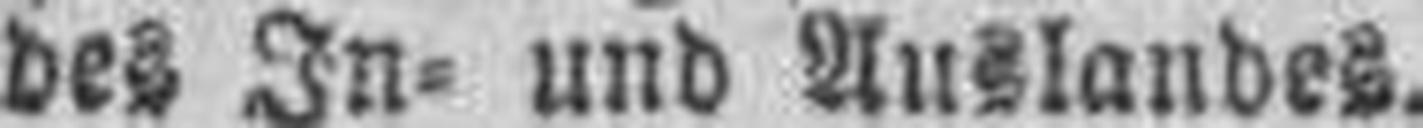
des In= und Auslandes.